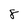
Character: 8